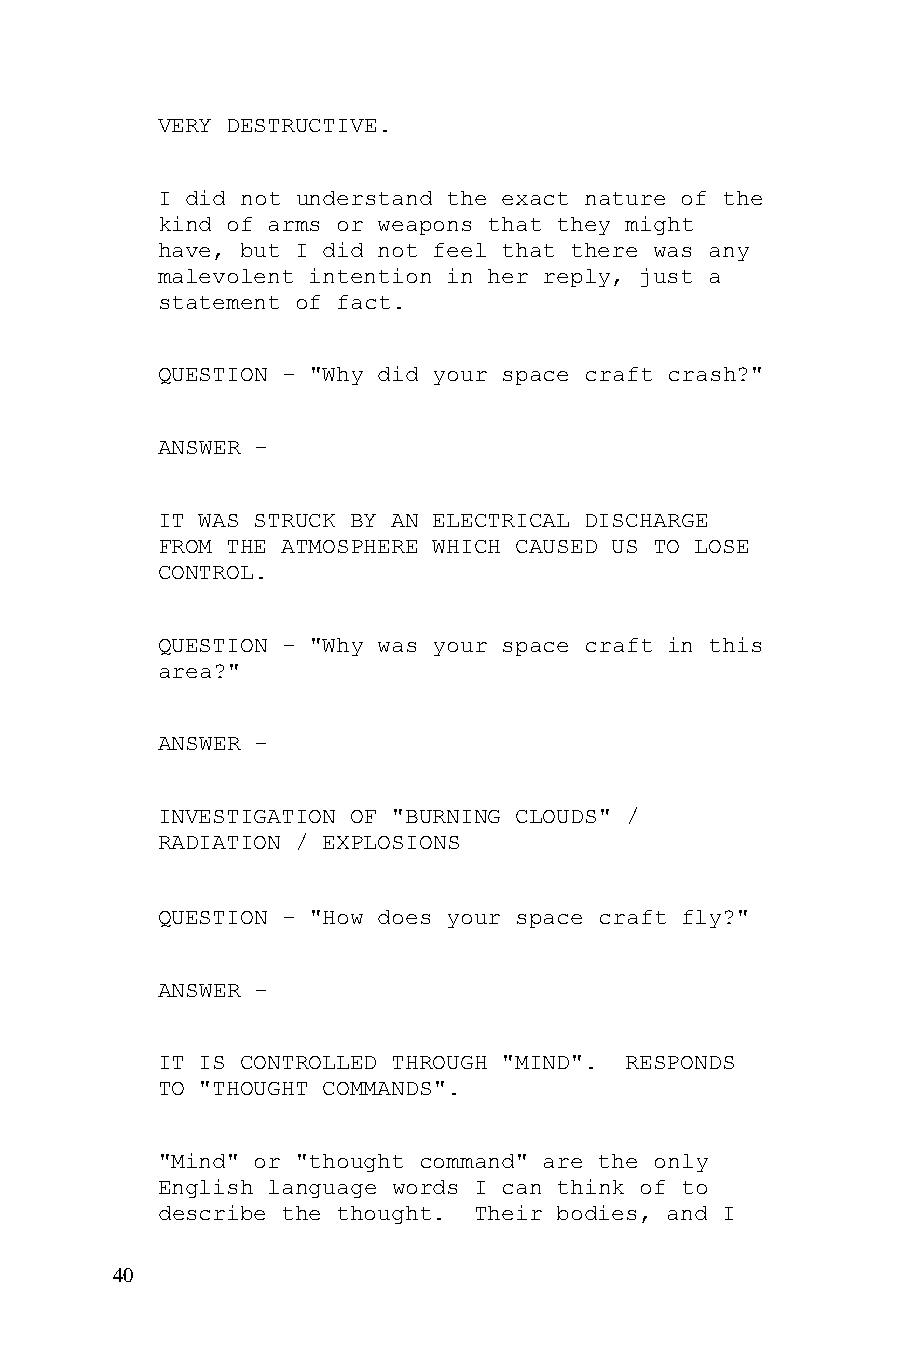
VERY DESTRUCTIVE.
 I did not understand the exact nature of the
 kind of arms or weapons that they might
 have, but I did not feel that there was any
 malevolent intention in her reply, just a
 statement of fact.
 QUESTION - "Why did your space craft crash?"
 ANSWER -
 IT WAS STRUCK BY AN ELECTRICAL DISCHARGE
 FROM THE ATMOSPHERE WHICH CAUSED US TO LOSE
 CONTROL.
 QUESTION - "Why was your space craft in this
 area?"
 ANSWER -
 INVESTIGATION OF "BURNING CLOUDS" /
 RADIATION / EXPLOSIONS
 QUESTION - "How does your space craft fly?"
 ANSWER -
 IT IS CONTROLLED THROUGH "MIND". RESPONDS
 TO "THOUGHT COMMANDS".
 "Mind" or "thought command" are the only
 English language words I can think of to
 describe the thought. Their bodies, and I
 40